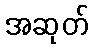
အဆုတ်